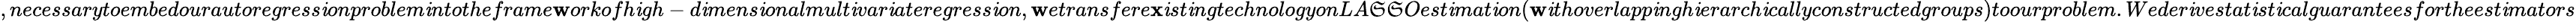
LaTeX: ,necessarytoembedourautoregress\mathit{i}onproblem\mathit{i}ntotheframe\mathbf{w}orkofh\mathit{i}gh-d\mathit{i}mens\mathit{i}onalmult\mathit{i}var\mathit{i}ateregress\mathit{i}on,\mathbf{w}etransfere\mathbf{x}\mathit{i}st\mathit{i}ngtechnologyonLA\mathfrak{S}\mathfrak{S}Oest\mathit{i}mat\mathit{i}on(\mathbf{w}\mathit{i}thoverlapp\mathit{i}ngh\mathit{i}erarch\mathit{i}callyconstructedgroups)toourproblem.Weder\mathit{i}vestat\mathit{i}st\mathit{i}calguaranteesfortheest\mathit{i}mators